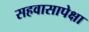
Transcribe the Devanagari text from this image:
सहवासापेक्षा